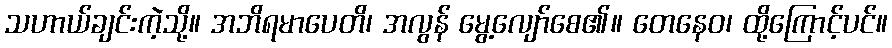
သဟာယ်ချင်းကဲ့သို့။ အဘိရမာပေတိ၊ အလွန် မွေ့လျော်စေ၏။ တေနေဝ၊ ထို့ကြောင့်ပင်။